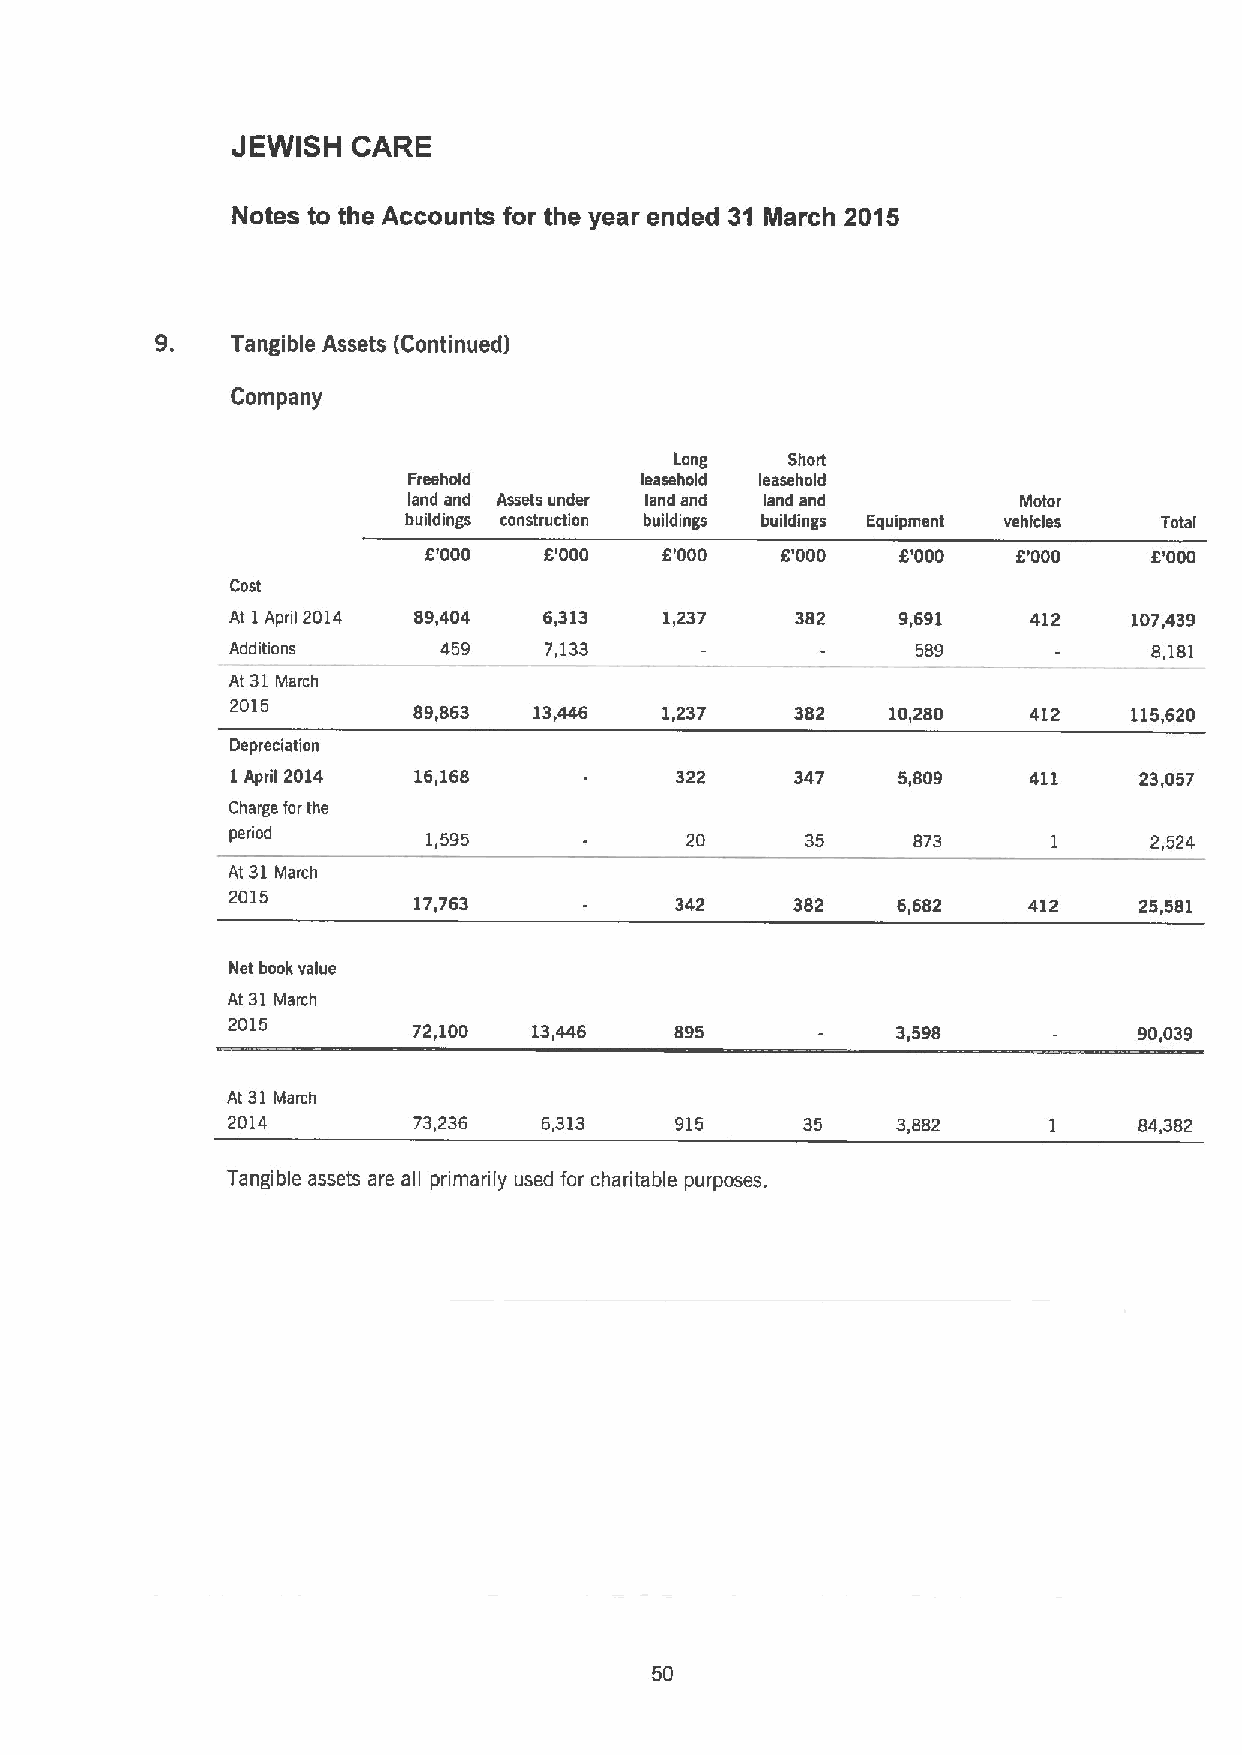
JEWISH  CARE
 Notes to the Accounts for the year ended 31 March 2015
 9.
 Tangible Assets (Continued)
 Company
 Lang   Short
 Freehold       leasehold leasehold
 land and Assets under land and land and  Motor
 buildings construction buildings buildings Equipment vehicles Total
 8'000   8'000   8'000   8'000   8'000  8'000    8'000
 Cost
 At 1April 2014 89,404 6,313  1,237    382    9,691   412    107,439
 Additions     459    7,133                    589            8,181
 At 31March
 2015
 89,863  13,446   1,237    382   10,280   412    115,620
 Depreciation
 1April 2014 16,168            322     347   5,809    411    23,057
 Charge far the
 period       1,595            20      35     873       1     2,524
 At 31March
 2015
 17,763            342     382   6,682    412    25,581
 Net book value
 At 31March
 2015        72,100  13,446    895           3,598           90,039
 At 31 March
 2014        73,236   6,313    915     35    3,882     1     84,382
 Tangible assets are all pnmarily used for charitable purposes.
 50